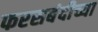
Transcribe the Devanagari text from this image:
फरसबंदीच्या